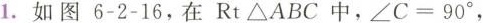
1.如图6-2-16，在Rt△ABC中，$$∠ C = 9 0°$$，